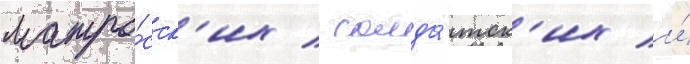
матро́сск'их / солда́тск'их и́